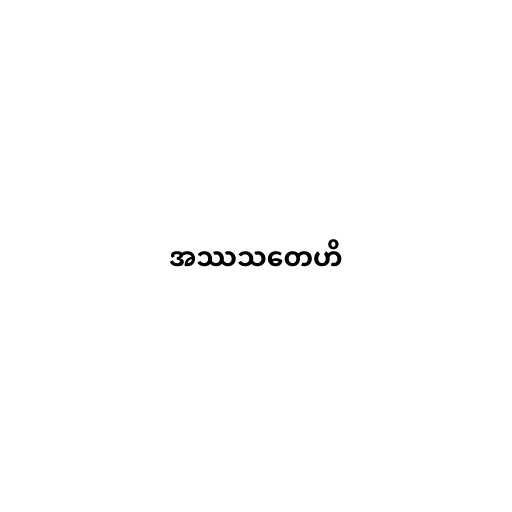
အဿသတေဟိ